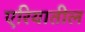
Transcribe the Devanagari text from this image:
एरियातील